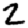
Digit: 2